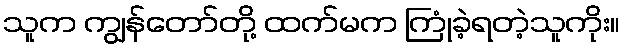
သူက ကျွန်တော်တို့ ထက်မက ကြုံခဲ့ရတဲ့သူကိုး။